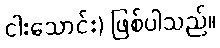
ငါးသောင်း) ဖြစ်ပါသည်။